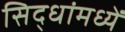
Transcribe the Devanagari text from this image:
सिद्धांमध्यें